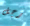
رجل